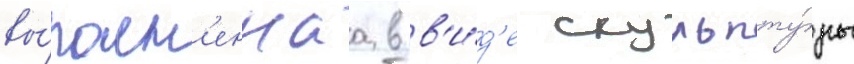
вы́полн'еннаа в в'и́д'е скульпту́ры